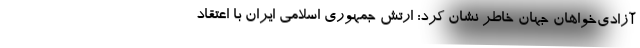
آزادی‌خواهان جهان خاطر نشان کرد: ارتش جمهوری اسلامی ایران با اعتقاد